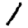
Digit: 1